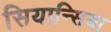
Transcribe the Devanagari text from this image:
सियान्सिया